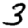
Digit: 3